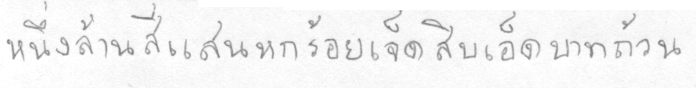
หนึ่งล้านสี่แสนหกร้อยเจ็ดสิบเอ็ดบาทถ้วน